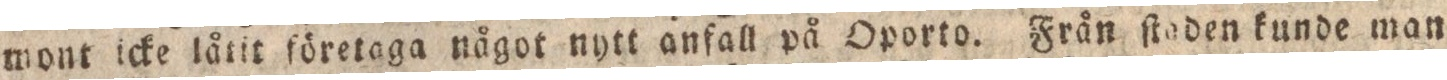
mont icke låtit företaga något nytt anfall på Oporto. Från ſtaden kunde man